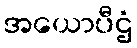
အယောပီဌံ